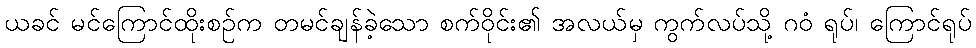
ယခင် မင်ကြောင်ထိုးစဉ်က တမင်ချန်ခဲ့သော စက်ဝိုင်း၏ အလယ်မှ ကွက်လပ်သို့ ဂဝံ ရုပ်၊ ကြောင်ရုပ်